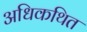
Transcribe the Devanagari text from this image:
अधिकथित